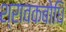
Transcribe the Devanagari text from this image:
श्रावकबोधि